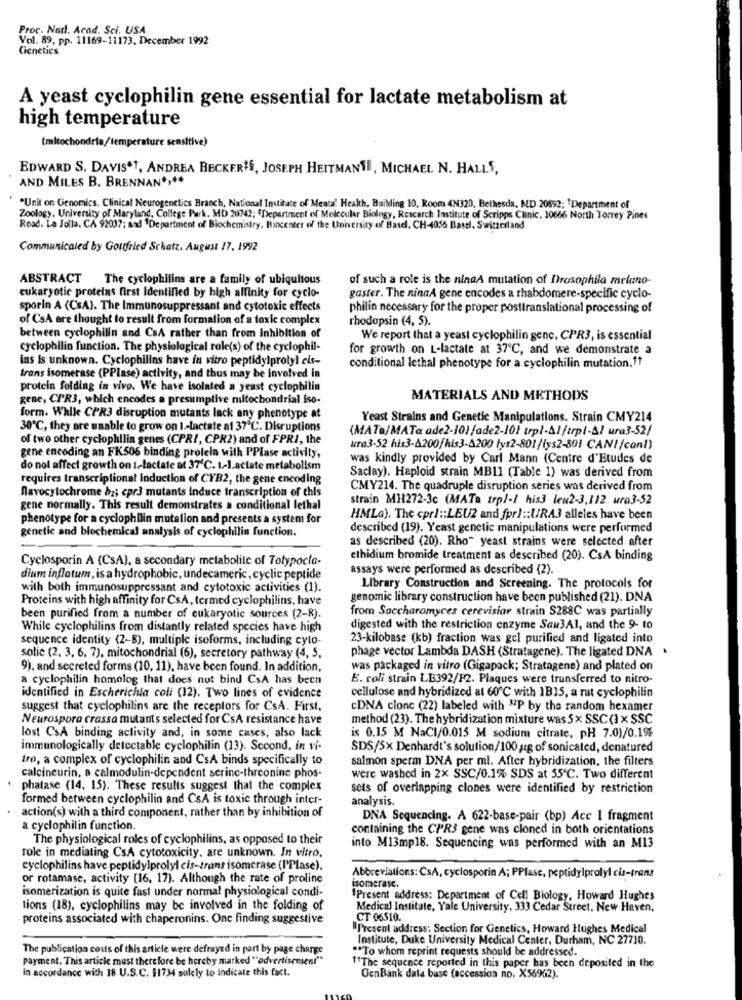
Proc. Natl. Acad. Sci. USA
Vol. 89, pp. 11169-11173. December 1992
Genetics
A yeast cyclophilin gene essential for lactate metabolism at
high temperature
(mitochondria/temperature sensitive)
EDWARD S. DAVIS.1, ANDREA BECKER'S, JOSEPH HEITMANII, MICHAEL N. HALLS,
AND MILES B. BRENNAN *;**
*Unit on Genomics, Clinical Neurogenetics Branch, National Institute of Meata' Health, Building 10, Room 4N320, Bethesda, MD 20892; tDepartment of
Zoology, University of Maryland, College Park, MD 20742; "Department of Molecular Biology, Research Institute of Scripps Clinic. 10666 North Torrey Pines
Road. La Jolla, CA 92037; and Department of Biochemistry. Bincenter of the University of Basel, CH-4056 Basel, Switzerland
Communicated by Gottfried Schatz. August 17, 1992
ABSTRACT
The cyclophilins are a family of ubiquitous
of such a role is the ninaA mutation of Drosophila melano-
eukaryotic proteins first Identified by high affinity for cyclo-
gaster. The ninaA gene encodes a rhabdomere-specific cyclo-
sporin A (CSA). The Immunosuppressant and cytotoxic effects
philin necessary for the proper posttranslational processing of
of CsA ere thought to result from formation of a toxic complex
rhodopsin (4, 5).
between cyclophilin and CsA rather than from Inhibition of
We report that a yeast cyclophilin genc, CPR3, is essential
cyclophilin function. The physiological role(s) of the cyclophil-
for growth on L-lactate at 37℃, and we demonstrate a
ins is unknown. Cyclophilins have in vitro peptidylprotyl cis-
conditional lethal phenotype for a cyclophilin mutation.ft
trans isomerase (PPIase) activity, and thus may be involved in
protein folding in vivo. We have isolated a yeast cyclophilin
gene, CPR3, which encodes a presumptive mitochondrial iso-
MATERIALS AND METHODS
form. While CPR3 disruption mutants lack any phenotype at
Yeast Strains and Genetic Manipulations. Strain CMY214
30℃, they are unable to grow on 1 .- lactate af 37℃. Disruptions
(MATa/MATa ade2-101/ade2-101 trpl-Al/trpl-Al ura3-52/
of two other cyclophillin genes (CPRI, CPR2) and of FPR2, the
ura3-52 his3-A200/his3-A200 tys2-801/lys2-801 CANI/canl)
gene encoding an FK506 binding protein with PPIase activity,
was kindly provided by Carl Mann (Centre d'Etudes de
do not affect growth on 1-lactate at 37'℃. 1-Lactate metabolism
requires transcriptionat induction of CYB2, the gene encoding
Saclay). Haploid strain MB11 (Table 1) was derived from
CMY214. The quadruple disruption series was derived from
navocytochrome ba; cpr3 mutants induce transcription of this
strain MH272-3c (MATa trpl-1 his3 leu2-3,112 ura3-52
gene normally. This result demonstrates a conditional lethal
phenotype for a cyclophilin mutalion and presents a system for
HMLa). The cprl :: LE[/2 and fpr) :: URA3 alleles have been
genetic and biochemical analysis of cyclophilin function.
described (19). Yeast genetic manipulations were performed
as described (20). Rho" yeast strains were selected after
Cyclosporin A (CsA), a secondary metabolile of Tolypocla-
ethidium bromide treatment as described (20). CsA binding
assays were performed as described (2).
dium inflatum, is a hydrophobic, undecameric, cyclic peptide
with both immunosuppressant and cytotoxic activities (1).
Library Construction and Screening. The protocols for
Proteins with high affinity for CsA, termed cyclophilins, have
genomic library construction have been published (21). DNA
from Saccharomyces cerevisiar strain S288C was partially
been purified from a number of eukaryotic sources (2-R).
While cyclophilins from distantly related species have high
digested with the restriction enzyme Saw3Al, and the 9- to
sequence identity (2-8), multiple isoforms, including cyto-
23-kilobase (kb) fraction was gel purified and ligated into
phage vector Lambda DASH (Stratagene). The ligated DNA .
sotic (2, 3, 6, 7), mitochondrial (6), secretory pathway (4, 5,
9), and secreted forms (10, 11), have been found. In addition,
was packaged in vitro (Gigapack; Stratagene) and plated on
a cyclophilin homolog that does not bind CsA has been
E. coli strain LB392/F2. Plaques were transferred to nitro-
identified in Escherichia coli (12). Two lines of evidence
cellulose and hybridized at 60℃ with 1B15, a rat cyclophilin
suggest that cyclophilins are the receptors for CsA. First,
CDNA clone (22) labeled with "P by the random hexamer
Neurospora crassa mutants selected for CsA resistance have
method (23). The hybridization mixture was 5x SSC(1 x SSC
lost CsA binding activity and, in some cases, also lack
is 0.15 M NaCI/0.015 M sodium citrate, pH 7.0)/0.1%
immunologically delectable cyclophilin (13). Second, in vi-
SDS/SX Denhardt's solution/100 ug of sonicated, denatured
tro, a complex of cyclophilin and CsA binds specifically to
salmon sperm DNA per ml. After hybridization, the filters
calcineurin, a calmodulin-dependent serine-threonine phos-
were washed in 2x SSC/0.1% SDS at 35℃. Two different
phatase (14, 15). These results suggest that the complex
sets of overlapping clones were identified by restriction
formed between cyclophilin and CsA is toxic through inter-
analysis.
action(s) with a third component, rather than by inhibition of
DNA Sequencing. A 622-base-pair (bp) Ace I fragment
a cyclophilin function.
containing the CPR3 gene was cloned in both orientations
The physiological roles of cyclophilins, as opposed to their
into M13mp18. Sequencing was performed with an M13
role in mediating CsA cytotoxicity, are unknown. In vitro,
cyclophilins have peptidylprolyl cis-trans isomerase (PPlase).
or rotamase, activity [16, 17). Although the rate of proline
Abbreviations: CsA, cyclosporin A; PPlast, peptidylprolyl cis-trans
isomerization is quite fast under normal physiological condi-
isomerase.
Present address: Department of Cell Biology, Howard Hughes
tions (18), cyclophilins may be involved in the folding of
Medical Institute, Yale University, 333 Cedar Street, New Haven.
proteins associated with chaperonins. One finding suggestive
CT 06510.
"Present address: Section for Genetics, Howard Hughes Medical
Institute, Duke University Medical Center, Durham, NC 27710.
The publication costs of this article were defrayed in part by page charge
"To whom reprint requests should be addressed.
payment. This article must there fore be hereby marked "advertisement"
in accordance with 18 U.S.C. #1734 solely to indicate this fact.
11The sequence reported in this paper has been deposited in the
GenBank data buse (accession no. X56962).